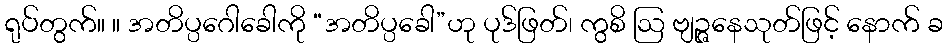
ရုပ်တွက်။ ။ အတိပ္ပဂေါခေါကို “အတိပ္ပခေါ”ဟု ပုဒ်ဖြတ်၊ ကွစိ ဩ ဗျဉ္ဇနေသုတ်ဖြင့် နောက် ခ